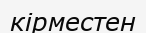
кірместен